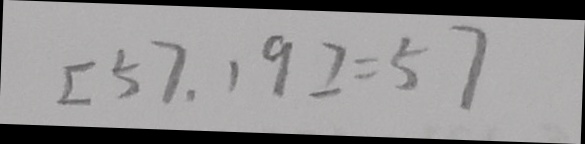
[ 5 7 . 1 9 ] = 5 7